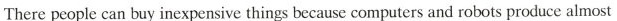
There people can buy inexpensive things because computers and robots produce almost